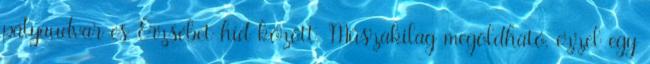
pályaudvar és Erzsébet híd között. Műszakilag megoldható, ezzel egy